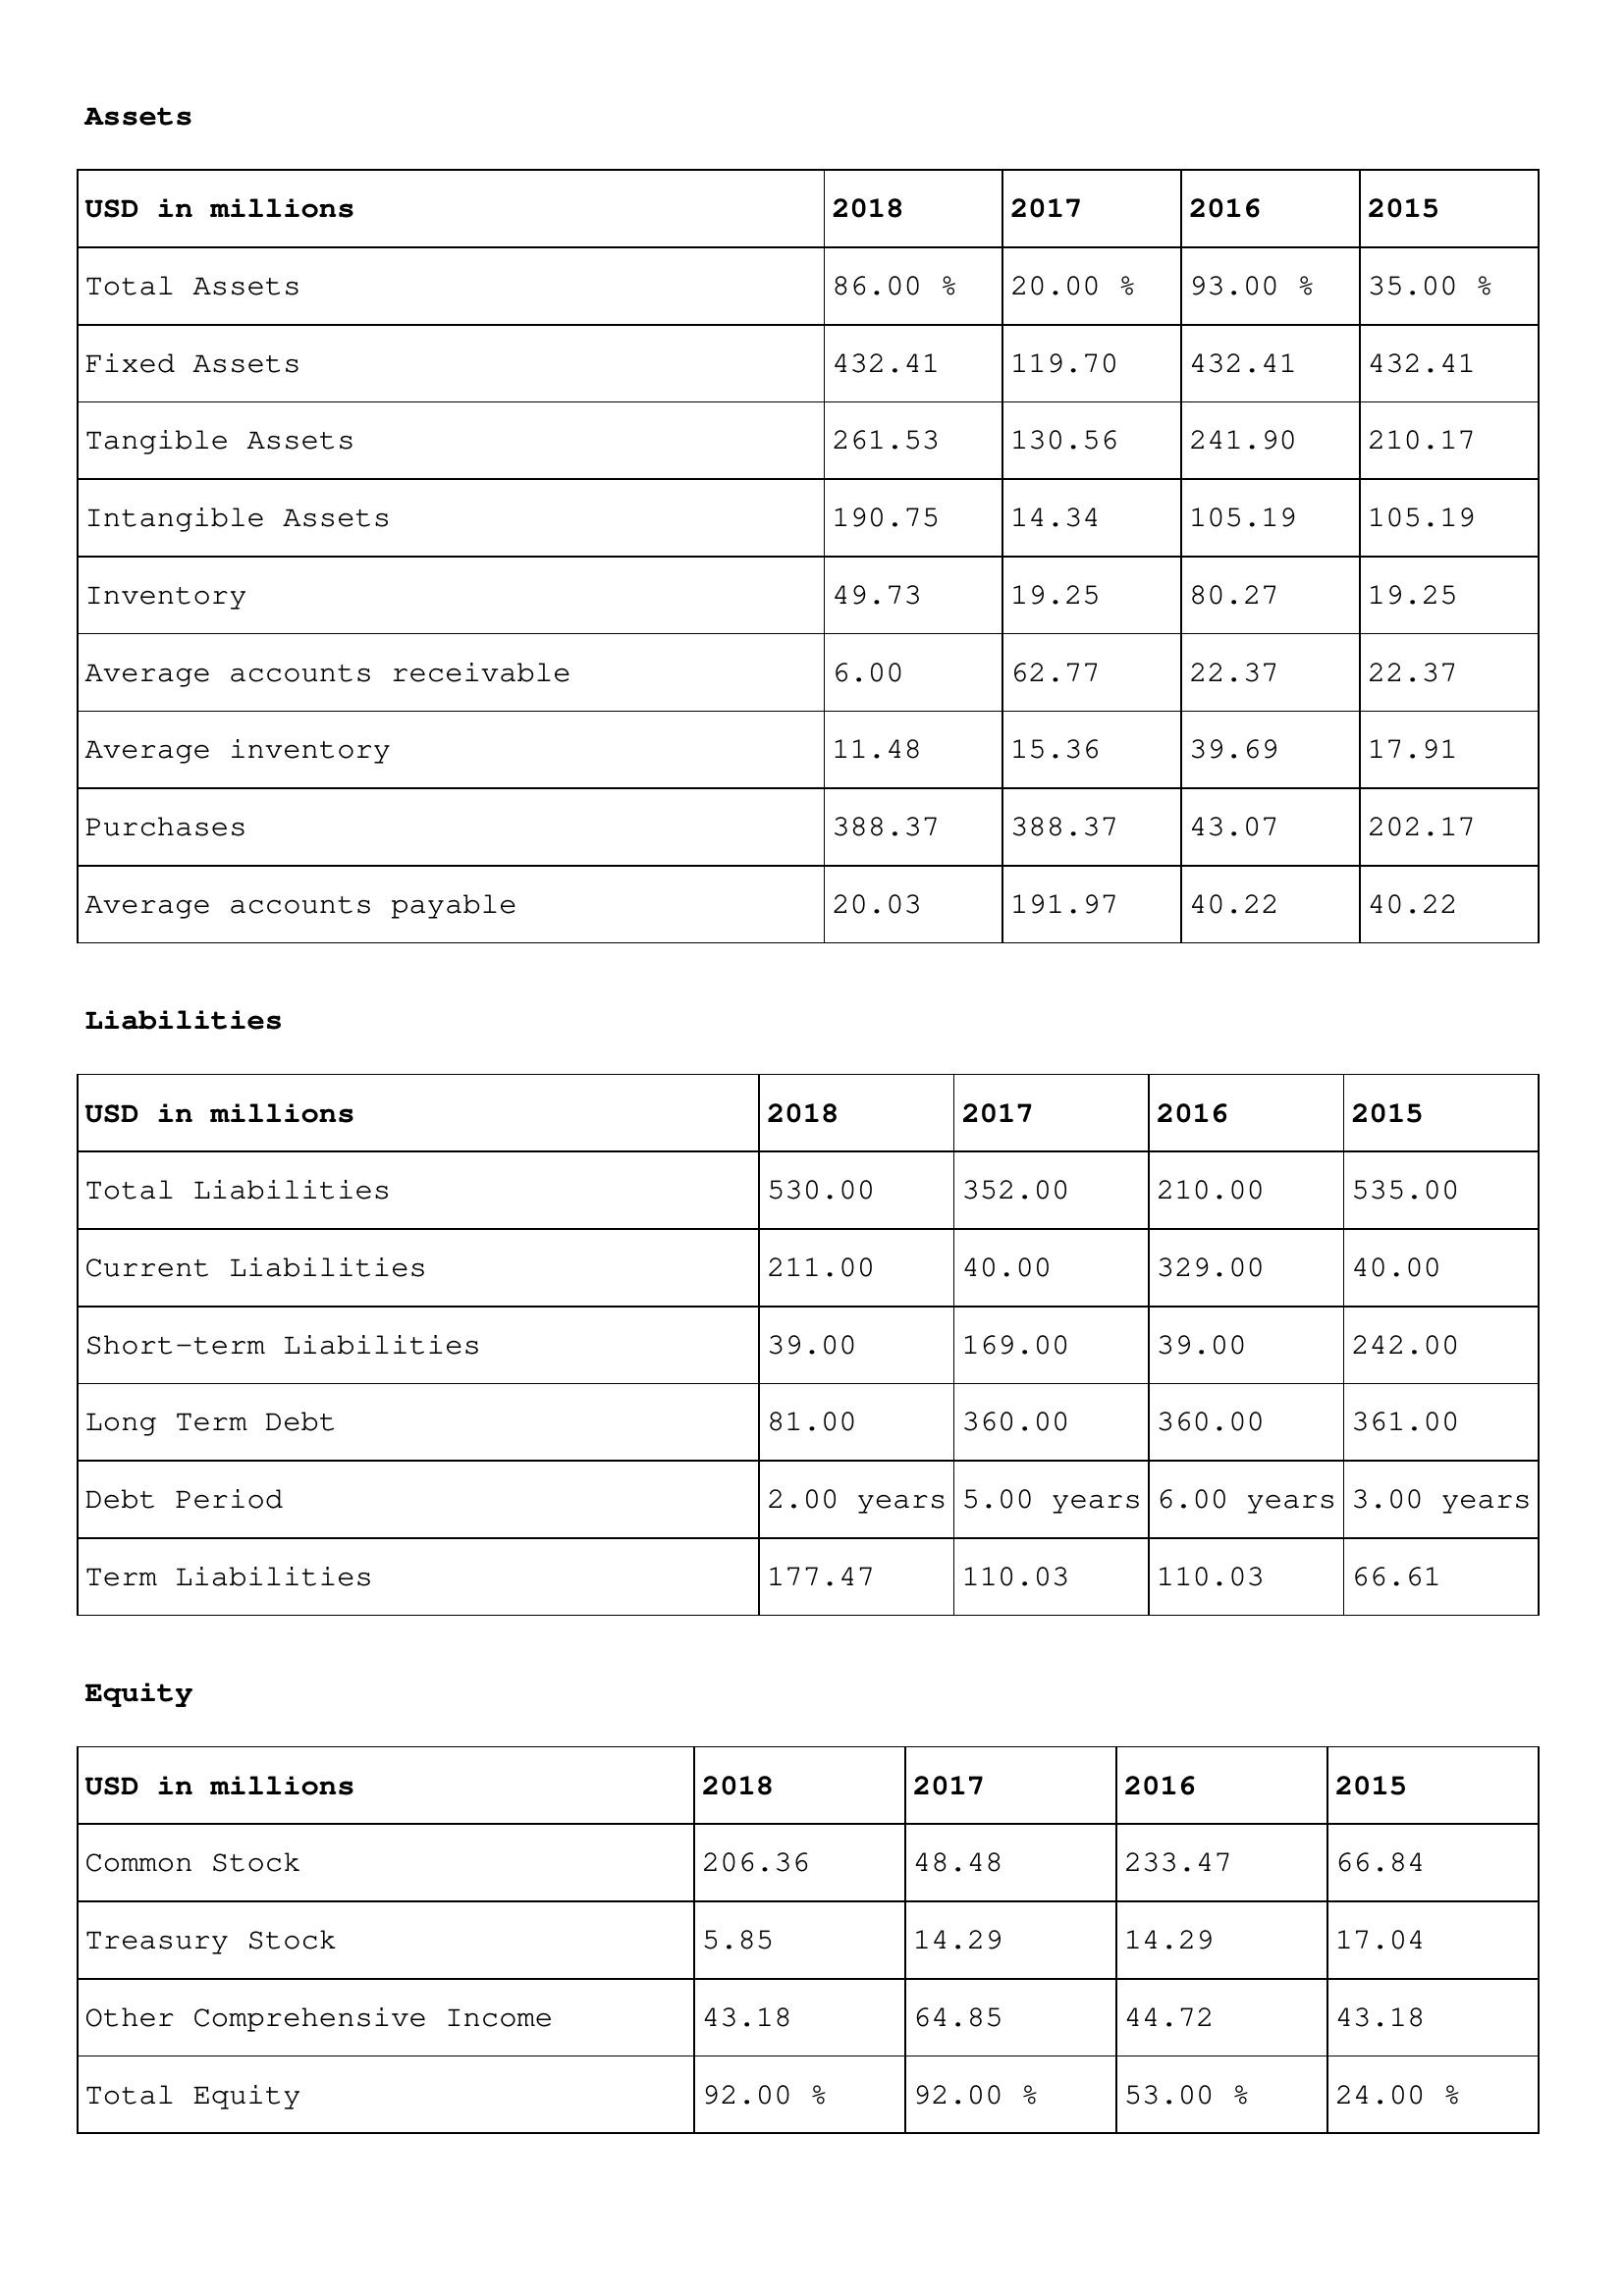
gt_parse: 2018: Assets: Total Assets: 86.00 %
Fixed Assets: 432.41
Tangible Assets: 261.53
Intangible Assets: 190.75
Inventory: 49.73
Average accounts receivable: 6.00
Average inventory: 11.48
Purchases: 388.37
Average accounts payable: 20.03
Liabilities: Total Liabilities: 530.00
Current Liabilities: 211.00
Short-term Liabilities: 39.00
Long Term Debt: 81.00
Debt Period: 2.00 years
Term Liabilities: 177.47
Equity: Common Stock: 206.36
Treasury Stock: 5.85
Other Comprehensive Income: 43.18
Total Equity: 92.00 %
2017: Assets: Total Assets: 20.00 %
Fixed Assets: 119.70
Tangible Assets: 130.56
Intangible Assets: 14.34
Inventory: 19.25
Average accounts receivable: 62.77
Average inventory: 15.36
Purchases: 388.37
Average accounts payable: 191.97
Liabilities: Total Liabilities: 352.00
Current Liabilities: 40.00
Short-term Liabilities: 169.00
Long Term Debt: 360.00
Debt Period: 5.00 years
Term Liabilities: 110.03
Equity: Common Stock: 48.48
Treasury Stock: 14.29
Other Comprehensive Income: 64.85
Total Equity: 92.00 %
2016: Assets: Total Assets: 93.00 %
Fixed Assets: 432.41
Tangible Assets: 241.90
Intangible Assets: 105.19
Inventory: 80.27
Average accounts receivable: 22.37
Average inventory: 39.69
Purchases: 43.07
Average accounts payable: 40.22
Liabilities: Total Liabilities: 210.00
Current Liabilities: 329.00
Short-term Liabilities: 39.00
Long Term Debt: 360.00
Debt Period: 6.00 years
Term Liabilities: 110.03
Equity: Common Stock: 233.47
Treasury Stock: 14.29
Other Comprehensive Income: 44.72
Total Equity: 53.00 %
2015: Assets: Total Assets: 35.00 %
Fixed Assets: 432.41
Tangible Assets: 210.17
Intangible Assets: 105.19
Inventory: 19.25
Average accounts receivable: 22.37
Average inventory: 17.91
Purchases: 202.17
Average accounts payable: 40.22
Liabilities: Total Liabilities: 535.00
Current Liabilities: 40.00
Short-term Liabilities: 242.00
Long Term Debt: 361.00
Debt Period: 3.00 years
Term Liabilities: 66.61
Equity: Common Stock: 66.84
Treasury Stock: 17.04
Other Comprehensive Income: 43.18
Total Equity: 24.00 %